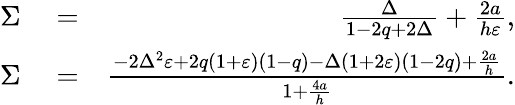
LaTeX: \begin{array}{rlr}{\Sigma}&{{}=}&{\frac{\Delta}{1-2q+2\Delta}+\frac{2a}{h\varepsilon},}\\ {\Sigma}&{{}=}&{\frac{-2\Delta^{2}\varepsilon+2q(1+\varepsilon)(1-q)-\Delta(1+2\varepsilon)(1-2q)+\frac{2a}{h}}{1+\frac{4a}{h}}.}\end{array}